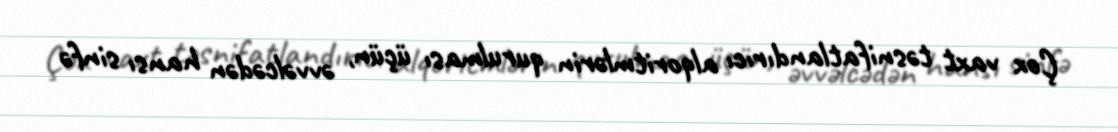
Çox vaxt təsnifatlandırıcı alqoritmlərin qurulması üçün, əvvəlcədən hansı sinfə